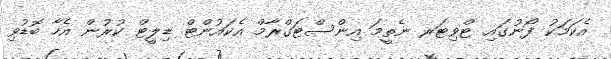
އެކަމަކު ފޯނުގައި ޓްވިޓަރ ނެތީމަ އިންސްޓަގްރާމް އެކައުންޓް ޑިލީޓް ކުރުން އެހާ ބޮޑުވި